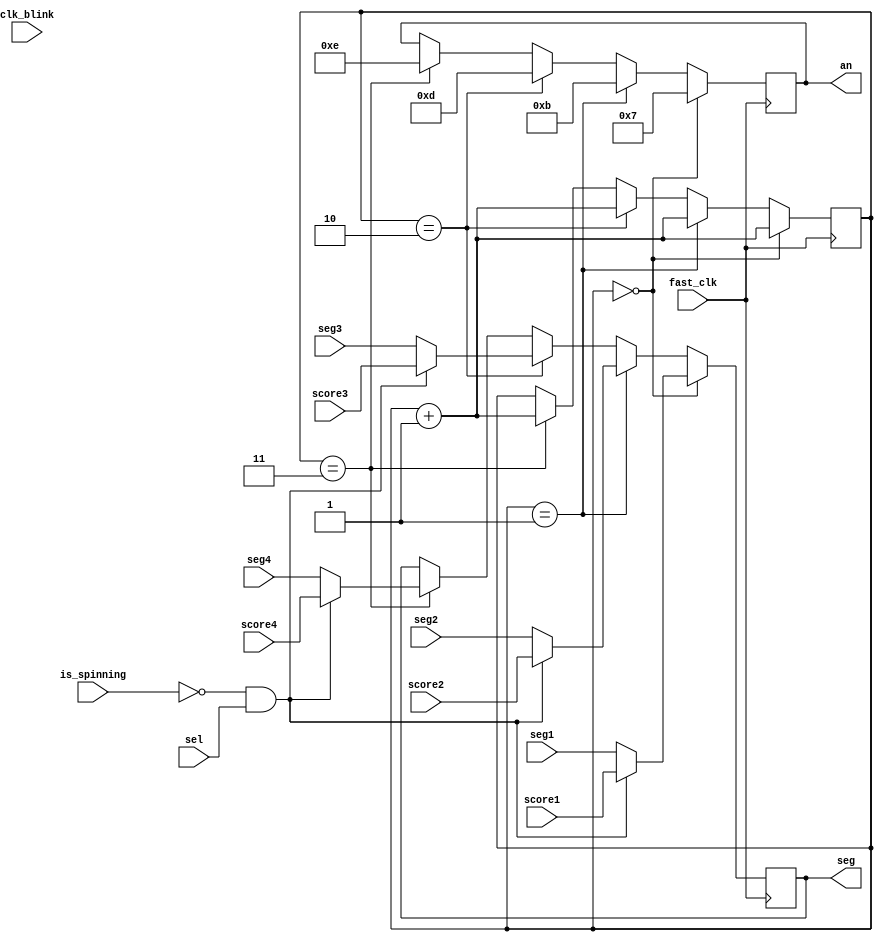
`timescale 1ns / 1ps
//////////////////////////////////////////////////////////////////////////////////
// Company: 
// Engineer: 
// 
// Design Name: 
// Module Name: actual_display
// Project Name: 
// Target Devices: 
// Tool Versions: 
// Description: 
// 
// Dependencies: 
// 
// Revision:
// Revision 0.01 - File Created
// Additional Comments:
// 
//////////////////////////////////////////////////////////////////////////////////

module actual_display(
	// Inputs
	fast_clk,
	clk_blink,
	sel,
	seg1,
	seg2,
	seg3,
	seg4,
	score1,
	score2,
	score3,
	score4,
	is_spinning,
    seg, 
    an
	
	);
	//make a fast clock thats slower than 100mhz for updating the clock display
	// do this in the clock divider and pass it in
	input fast_clk; //fast clk to update segments
	input clk_blink;
	input sel;
	input  [6:0] seg1;
    input [6:0] seg2;
	input [6:0] seg3;
	input [6:0] seg4;
	input [6:0] score1;
	input [6:0] score2;
	input [6:0] score3;
	input [6:0] score4;
    input is_spinning;
	output  [6:0] seg;
	output  [3:0] an;
	
	reg[6:0] temp_seg = 7'b1111001;
	reg[3:0] temp_an = 4'b0000;
	reg[1:0] pos = 2'b00;
    
    always @(posedge fast_clk) begin
        if (pos ==0) begin //m10
            if (!is_spinning && sel) begin
                temp_seg <= score1;
            end
            else begin
                temp_seg <= seg1;
            end
            temp_an <= 4'b0111;
            pos <= pos + 1'b1;

        end
        else if (pos ==1) begin //m1
            if (!is_spinning && sel) begin
                temp_seg <= score2;
            end
            else begin
                temp_seg <= seg2;
            end
            temp_an <= 4'b1011;
            pos <= pos + 1'b1;

        end
        else if (pos ==2) begin //m1
            if (!is_spinning && sel) begin
                temp_seg <= score3;
            end
            else begin
                temp_seg <= seg3;
            end
            temp_an <= 4'b1101;
            pos <= pos + 1'b1;

       end
       else if (pos ==3) begin //m1
            if (!is_spinning && sel) begin
               temp_seg <= score4;
           end
           else begin
               temp_seg <= seg4;
           end
           temp_an <= 4'b1110;
           pos <= pos + 1'b1;
       end
    end

    assign an = temp_an;
    assign seg = temp_seg;
	
	
endmodule